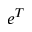
e ^ { T }